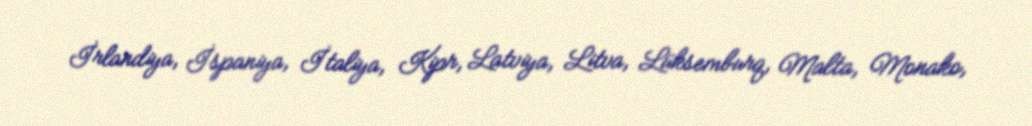
İrlandiya, İspaniya, İtaliya, Kipr, Latviya, Litva, Lüksemburq, Malta, Monako,